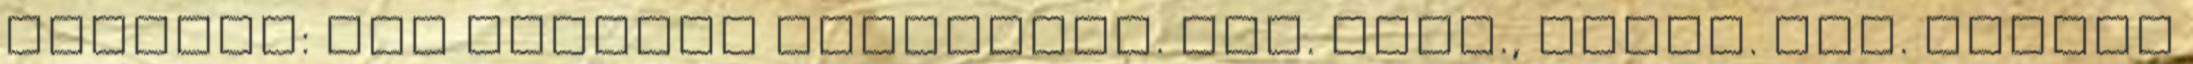
William: Míg fekszem kiterítve. Reg. Ford., szerk. Ill. Gyulai